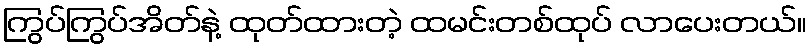
ကြွပ်ကြွပ်အိတ်နဲ့ ထုတ်ထားတဲ့ ထမင်းတစ်ထုပ် လာပေးတယ်။